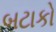
બટાકો